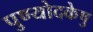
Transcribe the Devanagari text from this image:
पुण्योदकेषु